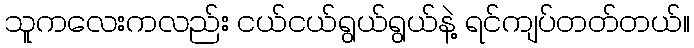
သူကလေးကလည်း ငယ်ငယ်ရွယ်ရွယ်နဲ့ ရင်ကျပ်တတ်တယ်။